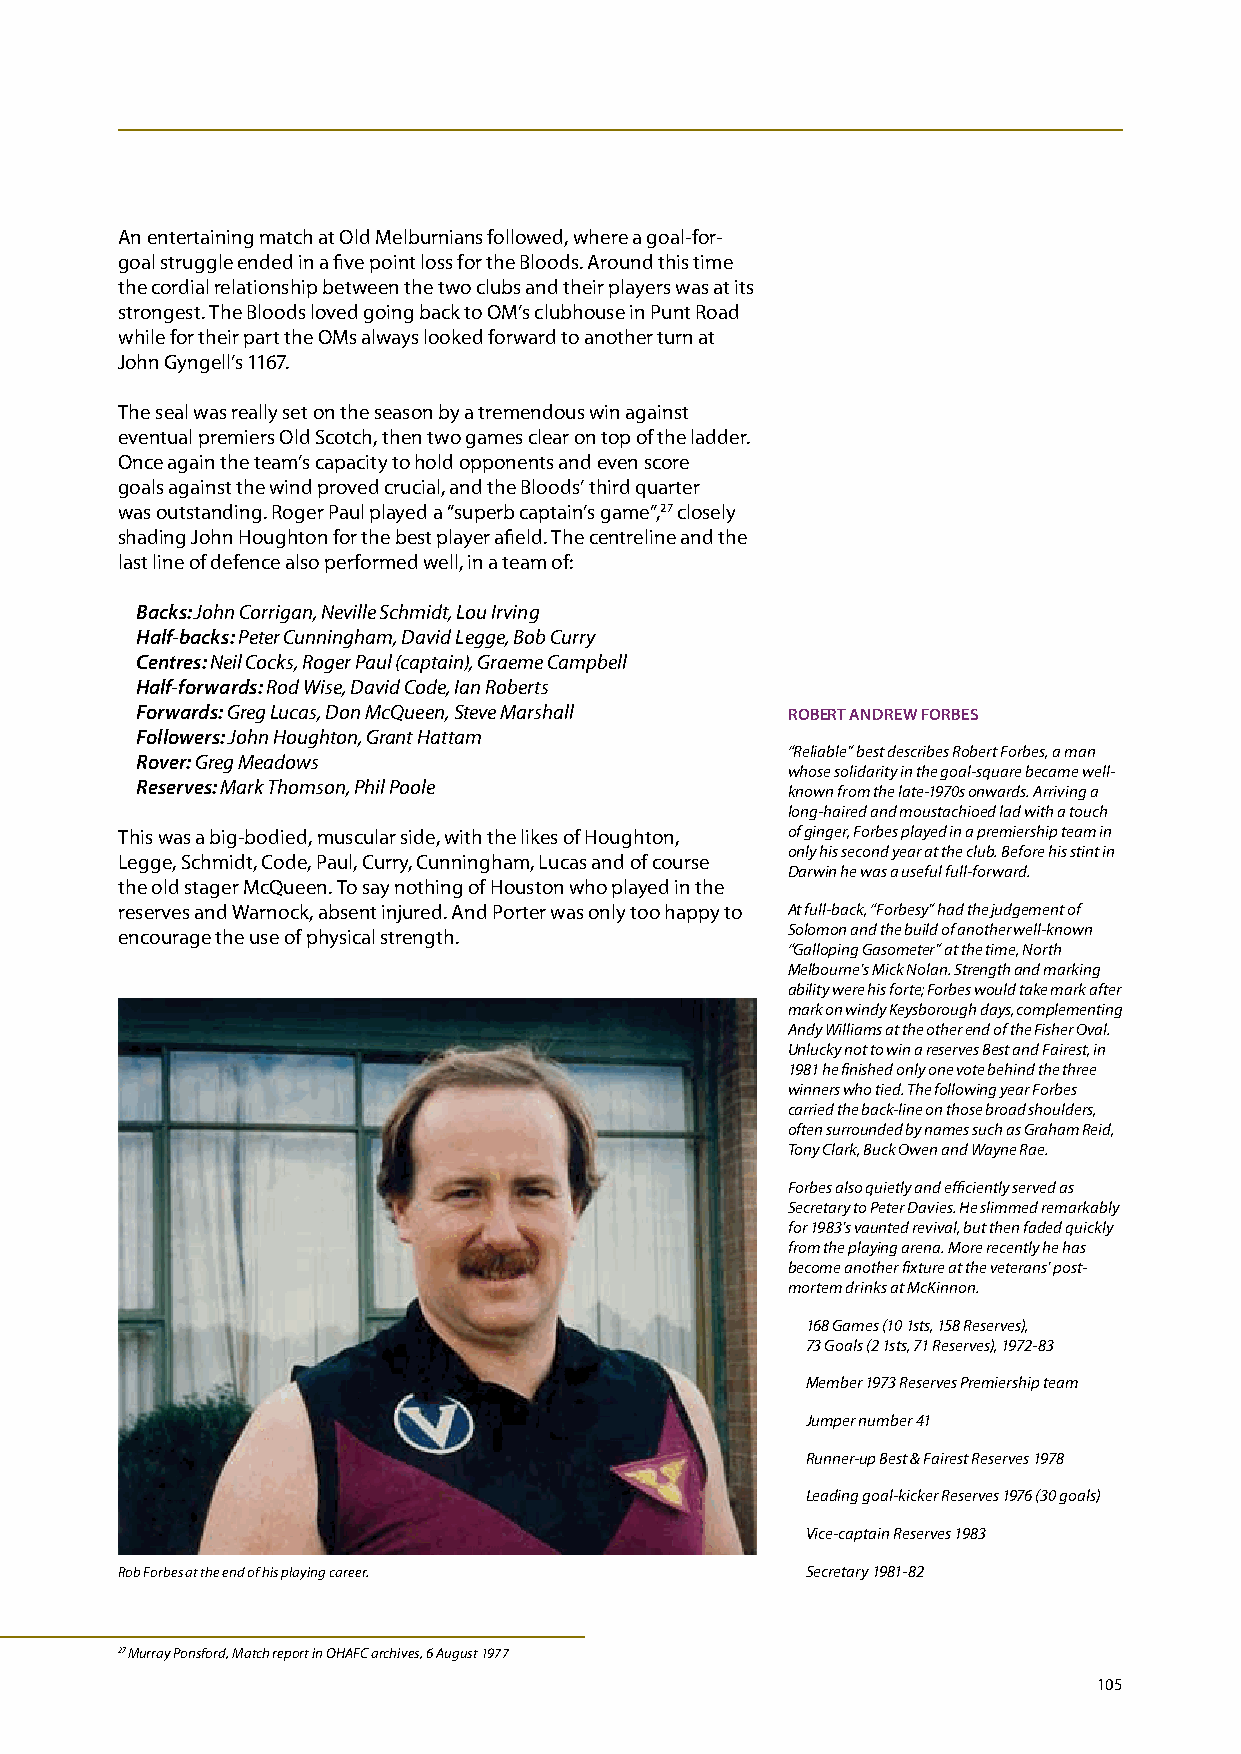
An entertaining match at Old Melburnians followed, where a goal-for-
 goal struggle ended in a five point loss for the Bloods. Around this time
 the cordial relationship between the two clubs and their players was at its
 strongest. The Bloods loved going back to OM’s clubhouse in Punt Road
 while for their part the OMs always looked forward to another turn at
 John Gyngell’s 1167.
 The seal was really set on the season by a tremendous win against
 eventual premiers Old Scotch, then two games clear on top of the ladder.
 Once again the team’s capacity to hold opponents and even score
 goals against the wind proved crucial, and the Bloods’ third quarter
 was outstanding. Roger Paul played a “superb captain’s game”,27 closely
 shading John Houghton for the best player afield. The centreline and the
 last line of defence also performed well, in a team of:
 Backs: John Corrigan, Neville Schmidt, Lou Irving
 Half-backs: Peter Cunningham, David Legge, Bob Curry
 Centres: Neil Cocks, Roger Paul (captain), Graeme Campbell
 Half-forwards: Rod Wise, David Code, Ian Roberts
 Forwards: Greg Lucas, Don McQueen, Steve Marshall RObERT ANDREw FORbES
 Followers: John Houghton, Grant Hattam
 “Reliable” best describes Robert Forbes, a man
 Rover: Greg Meadows
 whose solidarity in the goal-square became well-
 Reserves: Mark Thomson, Phil Poole         known from the late-1970s onwards. Arriving a
 long-haired and moustachioed lad with a touch
 This was a big-bodied, muscular side, with the likes of Houghton, of ginger, Forbes played in a premiership team in
 only his second year at the club. Before his stint in
 Legge, Schmidt, Code, Paul, Curry, Cunningham, Lucas and of course
 Darwin he was a useful full-forward.
 the old stager McQueen. To say nothing of Houston who played in the
 reserves and Warnock, absent injured. And Porter was only too happy to At full-back, “Forbesy” had the judgement of
 encourage the use of physical strength.     Solomon and the build of another well-known
 “Galloping Gasometer” at the time, North
 Melbourne’s Mick Nolan. Strength and marking
 ability were his forte; Forbes would take mark after
 mark on windy Keysborough days, complementing
 Andy Williams at the other end of the Fisher Oval.
 Unlucky not to win a reserves Best and Fairest, in
 1981 he finished only one vote behind the three
 winners who tied. The following year Forbes
 carried the back-line on those broad shoulders,
 often surrounded by names such as Graham Reid,
 Tony Clark, Buck Owen and Wayne Rae.
 Forbes also quietly and efficiently served as
 Secretary to Peter Davies. He slimmed remarkably
 for 1983’s vaunted revival, but then faded quickly
 from the playing arena. More recently he has
 become another fixture at the veterans’ post-
 mortem drinks at McKinnon.
 168 Games (10 1sts, 158 Reserves),
 73 Goals (2 1sts, 71 Reserves), 1972-83
 Member 1973 Reserves Premiership team
 Jumper number 41
 Runner-up Best & Fairest Reserves 1978
 Leading goal-kicker Reserves 1976 (30 goals)
 Vice-captain Reserves 1983
 Rob Forbes at the end of his playing career. Secretary 1981-82
 27 Murray Ponsford, Match report in OHAFC archives, 6 August 1977
 105